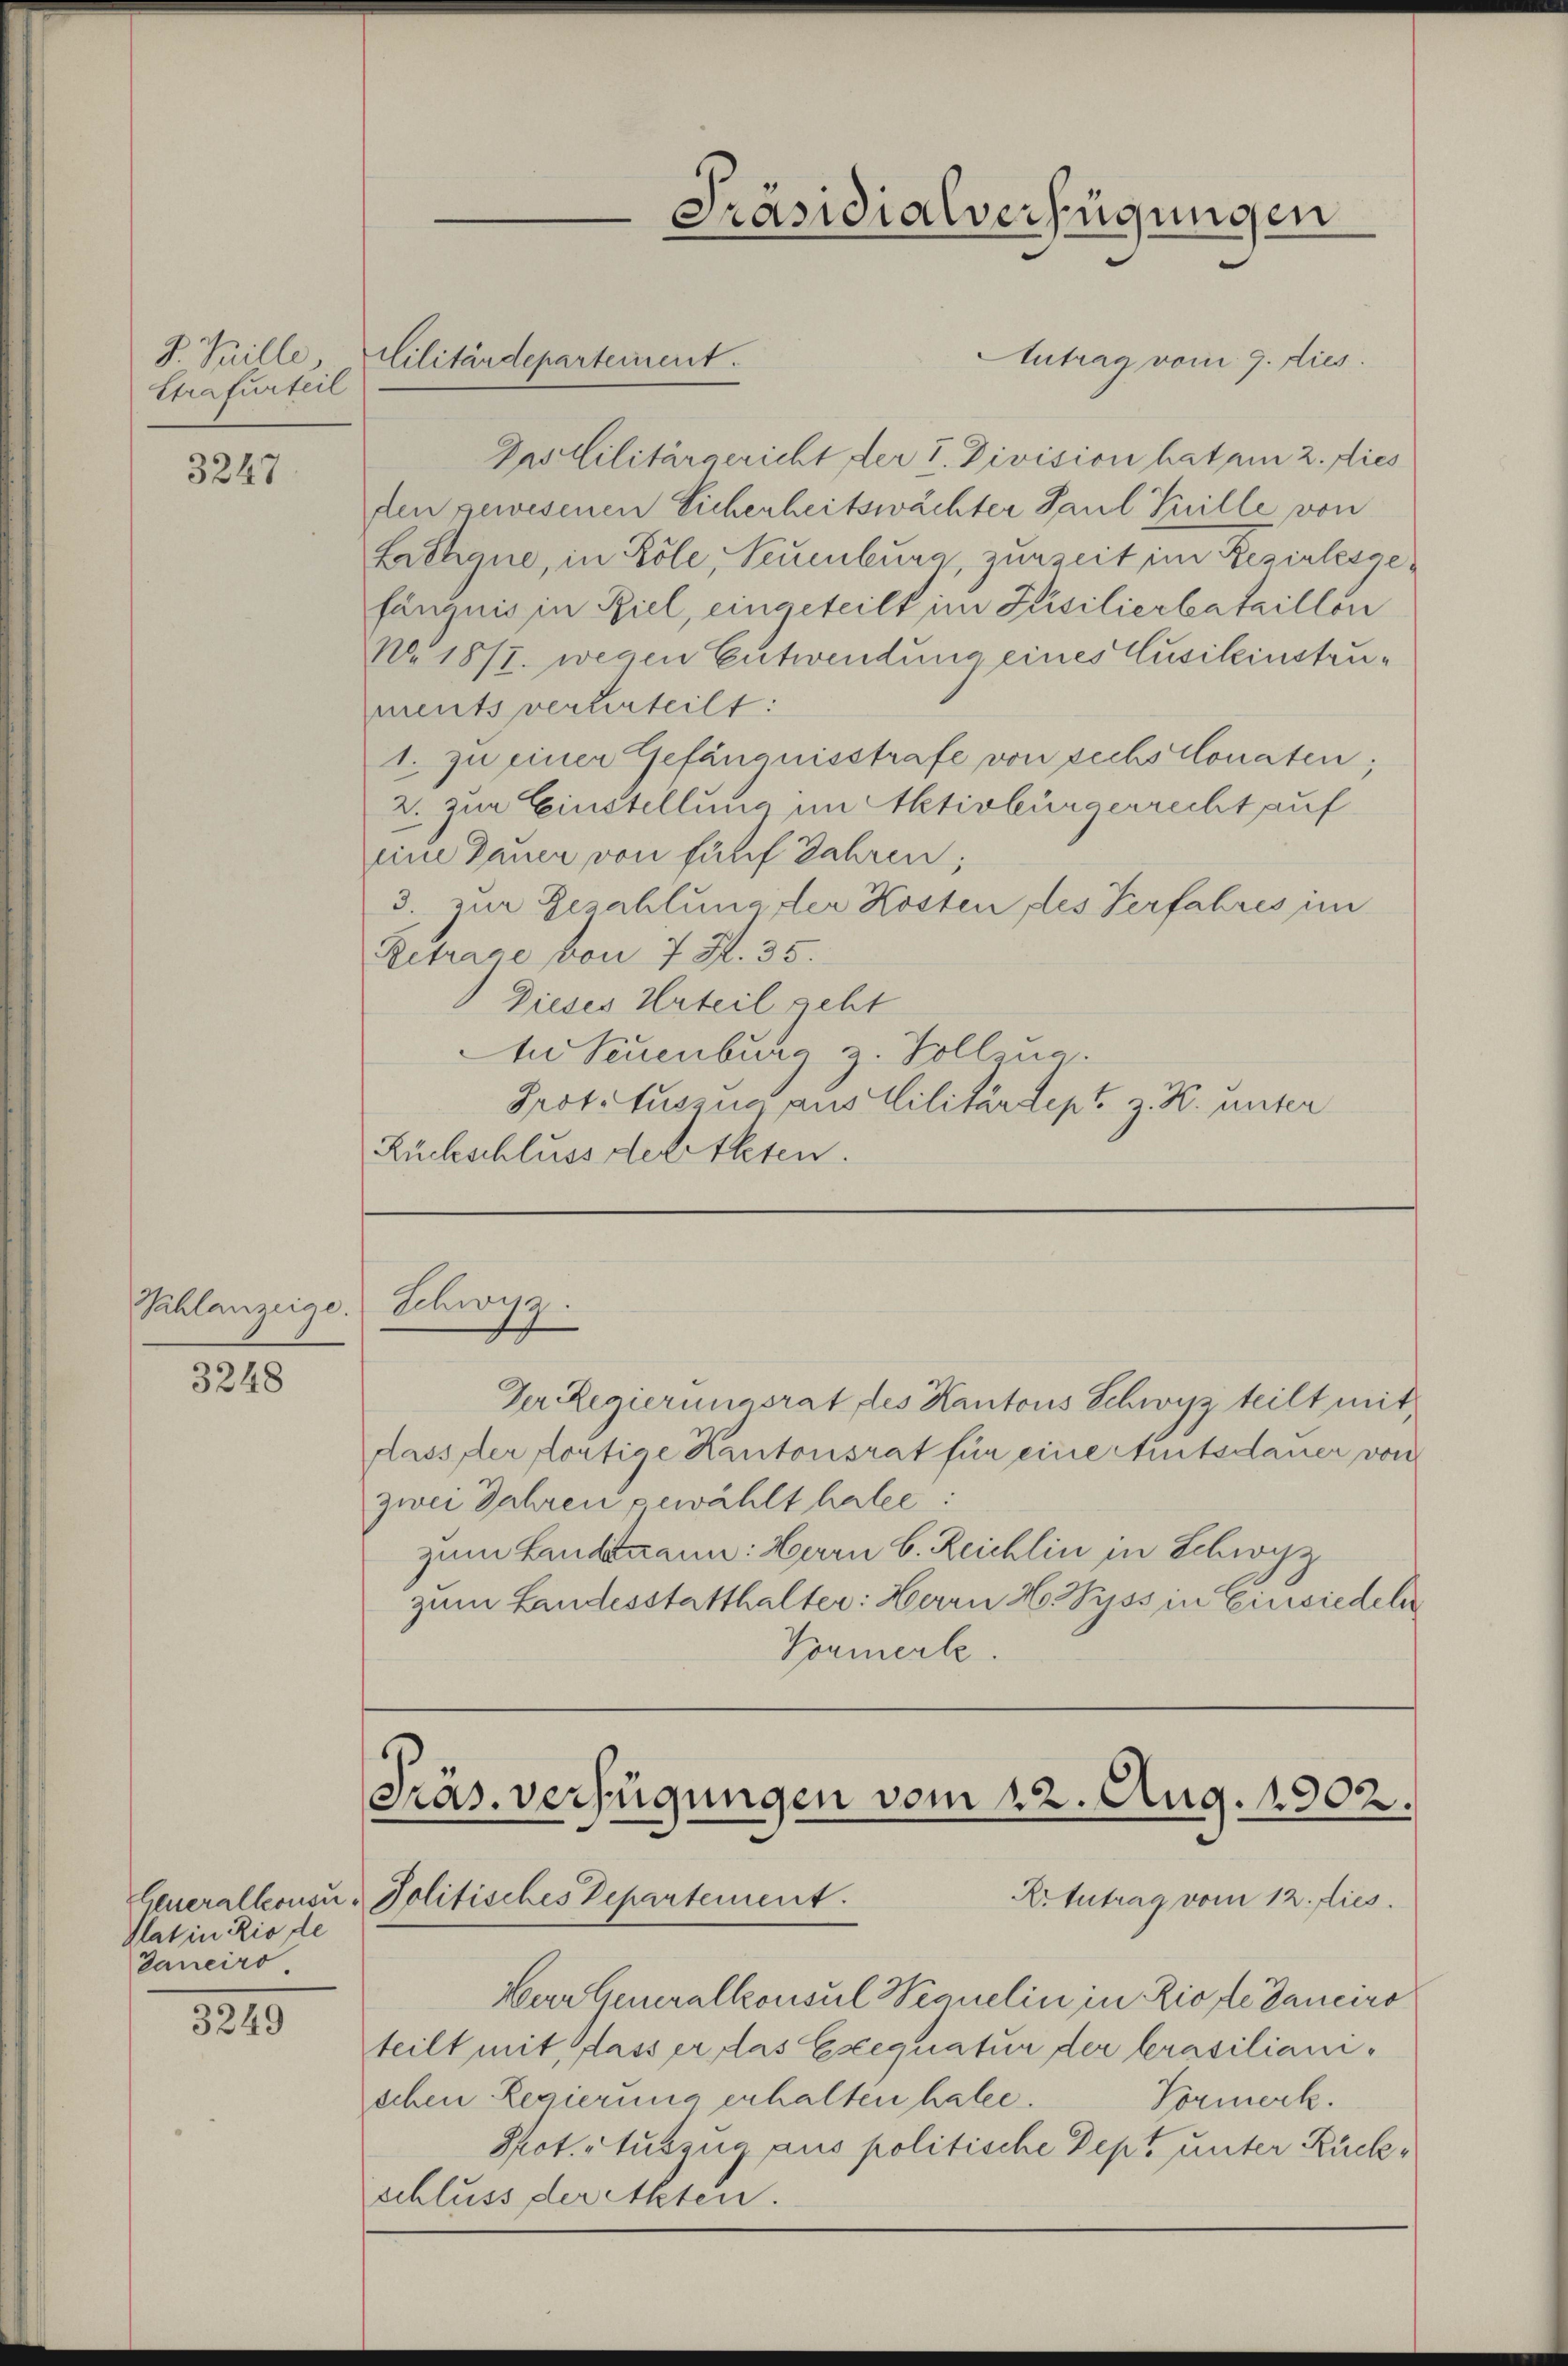
V. Mille
Strafurteil

3247

Sahlanzeige.

3248

Pat in Rio de
Daneiro

3249

Antrag vom 9. dies
Inslilitärgericht der I. Division hat am 2. dies
den gewesenen Sicherheitswächter Paul Hille von
Latagne, in Köle, Saumburg, zurzeit im Rezialesgefängnis in Ziel, eingeteilt im Kisilierbataillon
No 1877. wegen Entwendung eines Cusileinstruments verterteilt:
1. zu einer Gefängnisstrafe von sechs Monaten;
2. zur Einstellung im Aktivbürgerrecht auf
eine Dauer von fünf Jahren;
3. zur Bezahlung der Kosten des Verfahres im
Retrage von 7 R. 35.
Dieses Urteil geht
sne Seuenburg z. Vollzug.
Prototuszug aus Militärdept z. R. unter
Rückschluss der Akten.

Cilitärdepartement.

Schwyz

Präsidialverfügungen

Der Regierungsrat des Kantons Schwyz teilt mit
dass der fortige Kantonsrat für eine Amtsdauer von
zwei Jahren gewählt habe:
zum Landmann: Herrn C. Reichlin in Schwyz
zum Landesstatthalter: Herrn H. Wyss in Einsiedeln
Vormerle.

Präs. verfügungen vom 22. Aug. 1902.
X. Antrag vom 12. dies
Generalkonsu- Politisches Departement.

Eur Generalkonsul Wernelin in Riofe danciro
teilt mit, dass er das Exequatur der krasilianischen Regierung erhalten hatte.
Vormerk.
Prot. Auszug aus politische Dept unter Rückschluss der Akten.